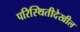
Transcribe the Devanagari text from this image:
परिस्थितीदेखील